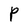
Character: P